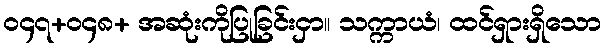
ဝ၄၇+ဝ၄၈+ အဆုံးကိုပြုခြင်းငှာ။ သက္ကာယံ၊ ထင်ရှားရှိသော